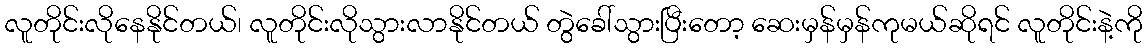
လူတိုင်းလိုနေနိုင်တယ်၊ လူတိုင်းလိုသွားလာနိုင်တယ် တွဲခေါ်သွားပြီးတော့ ဆေးမှန်မှန်ကုမယ်ဆိုရင် လူတိုင်းနဲ့ကို